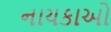
નાયકાઓ